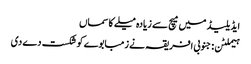
ایڈیلیڈ میں میچ سے زیادہ میلے کا سماں
ہیملٹن: جنوبی افریقہ نے زمبابوے کو شکست دے دی